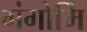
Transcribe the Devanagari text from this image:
गंगोर्मि